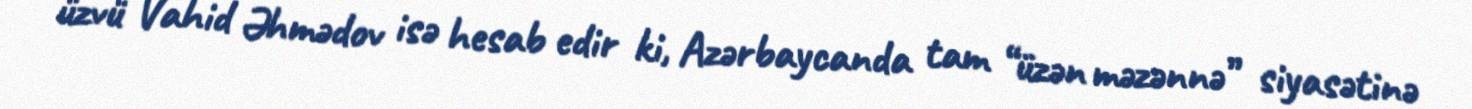
üzvü Vahid Əhmədov isə hesab edir ki, Azərbaycanda tam “üzən məzənnə” siyasətinə